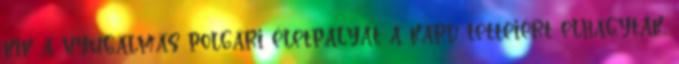
kik a nyugalmas polgári életpályát a kard tetteiért elhagyták,